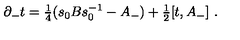
\partial _ { - } t = { \textstyle { \frac 1 4 } } ( s _ { 0 } B s _ { 0 } ^ { - 1 } - A _ { - } ) + { \textstyle { \frac 1 2 } } [ t , A _ { - } ] \ .